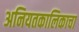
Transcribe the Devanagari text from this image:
अनियतकालिकाचा